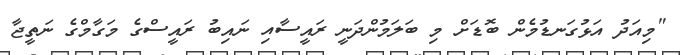
"މިއަދު އަޅުގަނޑުމެން ބޮޑަށް މި ބަލަމުންދަނީ ރައީސާއި ނައިބު ރައީސްގެ މަގާމްގެ ނަތީޖާ